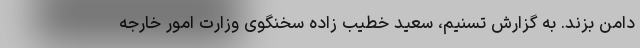
دامن بزند. به گزارش تسنیم، سعید خطیب زاده سخنگوی وزارت امور خارجه